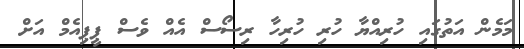
މަމެން އަތުގައި ހުރިއްޔާ ހުރި ހުރިހާ ރިސޯސް އެއް ވެސް ޕީޕިއެމް އަށް